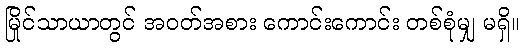
မြိုင်သာယာတွင် အဝတ်အစား ကောင်းကောင်း တစ်စုံမျှ မရှိ။